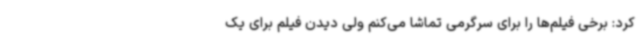
کرد: برخی فیلم‌ها را برای سرگرمی تماشا می‌کنم ولی دیدن فیلم برای یک